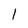
Character: 1